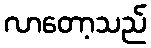
လာတော့သည်